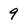
Character: 9